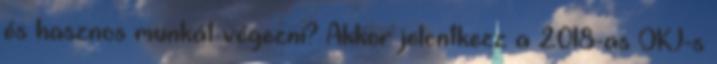
és hasznos munkát végezni? Akkor jelentkezz a 2018-as OKJ-s